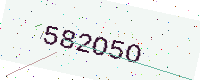
Text: 582O5O